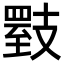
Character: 𪯇